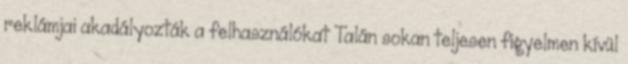
reklámjai akadályozták a felhasználókat Talán sokan teljesen figyelmen kívül